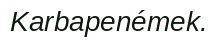
Karbapenémek.